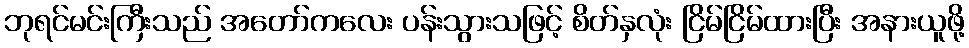
ဘုရင်မင်းကြီးသည် အတော်ကလေး ပန်းသွားသဖြင့် စိတ်နှလုံး ငြိမ်ငြိမ်ထားပြီး အနားယူဖို့